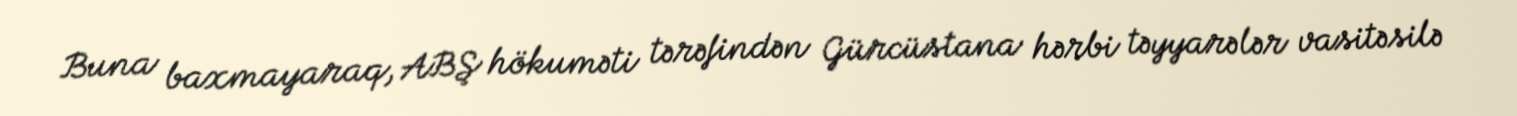
Buna baxmayaraq, ABŞ hökuməti tərəfindən Gürcüstana hərbi təyyarələr vasitəsilə